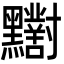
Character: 𪓁